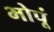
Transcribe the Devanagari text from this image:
भोपूं